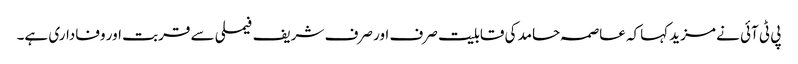
پی ٹی آئی نے مزید کہاکہ عاصمہ حامد کی قابلیت صرف اور صرف شریف فیملی سے قربت اور وفاداری ہے۔